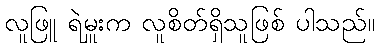
လူဖြူ ရဲမှူးက လူစိတ်ရှိသူဖြစ် ပါသည်။